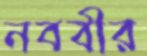
নববীর